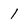
Character: 1